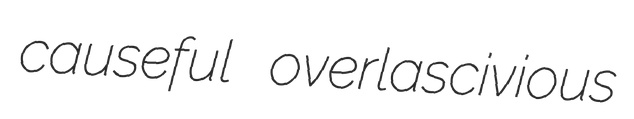
causeful overlascivious